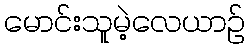
မောင်းသူမဲ့လေယာဉ်